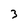
Character: 3